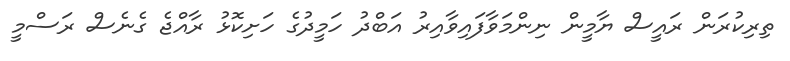
ތިރިކުރަން ރައީސް ޔާމީން ނިންމަވާފައިވާއިރު އަބްދު ހަމީދުގެ ހަށިކޮޅު ރާއްޖެ ގެނެސް ރަސްމީ